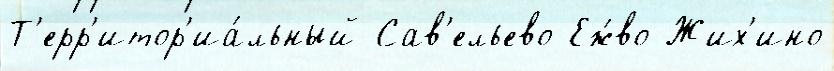
Т'ерр'итор'иа́льный Сав'ельево Еж́во Жих'ино